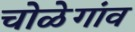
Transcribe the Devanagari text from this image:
चोळेगांव